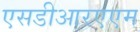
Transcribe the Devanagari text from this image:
एसडीआरएएम